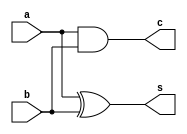
module dhalfadd(
    input a,
    input b,
    output s,
    output c
    );
	 assign s=a^b;
	 assign c=a&b;


endmodule